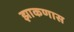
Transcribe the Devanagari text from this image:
झाकणास